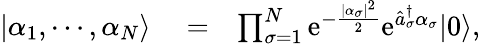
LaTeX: \begin{array}{rlr}{\lvert\alpha_{1},\cdots,\alpha_{N}\rangle}&{{}=}&{\prod_{\sigma=1}^{N}\mathrm{e}^{-\frac{\lvert\alpha_{\sigma}\rvert^{2}}{2}}\mathrm{e}^{\hat{a}_{\sigma}^{\dagger}\alpha_{\sigma}}\lvert 0\rangle,}\end{array}